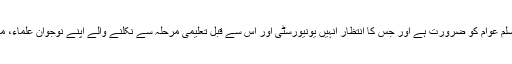
یہی وہ قابل قدر کوشش ہے جس کی ہماری مسلم عوام کو ضرورت ہے اور جس كا انتظار انہیں یونیورسٹی اور اس سے قبل تعلیمی مرحلہ سے نکلنے والے اپنے نوجوان علماء، معلمین، مفکرین، ادباء اور صحافیوں سے ہے ۔